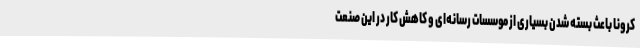
کرونا باعث بسته شدن بسیاری از موسسات رسانه‌ای و کاهش کار در این صنعت